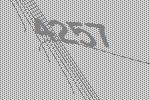
4257